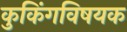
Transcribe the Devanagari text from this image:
कुकिंगविषयक